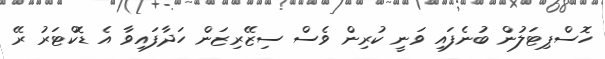
ހޮސްޕިޓަލުން ބުނެފައި ވަނީ ކުރިން ވެސް ސިޒޭރިޒަން ހަދާފައިވާ އެ ޑޮކްޓަރު ރޭ